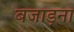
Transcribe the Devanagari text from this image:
बजाड़ना